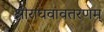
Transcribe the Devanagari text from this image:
श्रीराघवावतरणम्